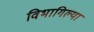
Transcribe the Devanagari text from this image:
विभागिल्या